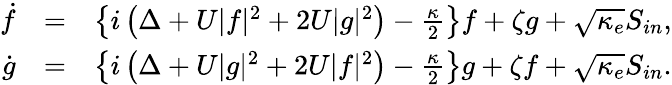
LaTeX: \begin{array}{rlr}{\dot{f}}&{=}&{\left\{ i\left(\Delta+U|f|^{2}+2U|g|^{2}\right)-\frac{\kappa}{2}\right\} f+\zeta g+\sqrt{\kappa_{e}}S_{in},}\\ {\dot{g}}&{=}&{\left\{ i\left(\Delta+U|g|^{2}+2U|f|^{2}\right)-\frac{\kappa}{2}\right\} g+\zeta f+\sqrt{\kappa_{e}}S_{in}.}\end{array}